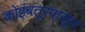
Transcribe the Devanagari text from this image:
कोइंबतूरपासून